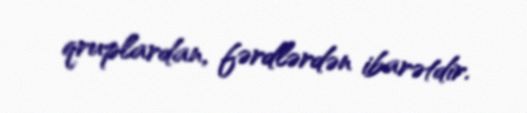
qruplardan, fərdlərdən ibarətdir.